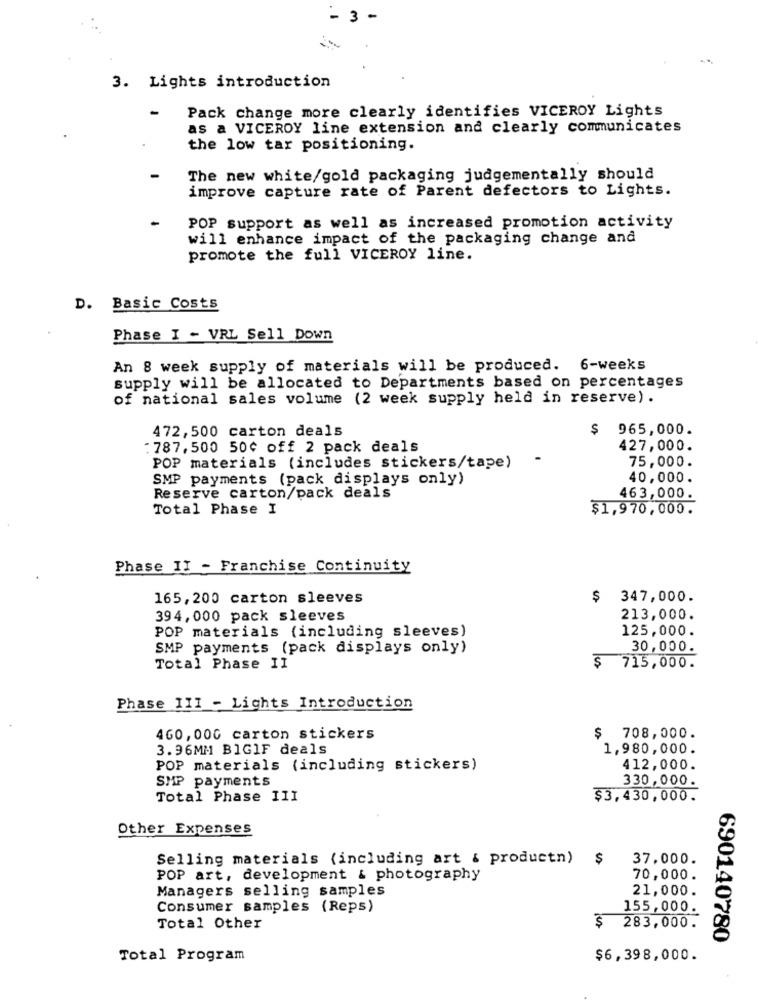
-3 -
3. Lights introduction
-
Pack change more clearly identifies VICEROY Lights
as a VICEROY line extension and clearly communicates
the low tar positioning.
The new white/gold packaging judgementally should
improve capture rate of Parent defectors to Lights.
POP support as well as increased promotion activity
will enhance impact of the packaging change and
promote the full VICEROY line.
D. Basic Costs
Phase I - VRL Sell Down
An 8 week supply of materials will be produced. 6-weeks
supply will be allocated to Departments based on percentages
of national sales volume (2 week supply held in reserve) .
472, 500 carton deals
$
965,000.
: 787, 500 50¢ off 2 pack deals
427,000.
75,000.
POP materials (includes stickers/tape)
SMP payments (pack displays only)
40,000.
Reserve carton/pack deals
463,000.
Total Phase I
$1,970,000.
Phase II - Franchise Continuity
165, 200 carton sleeves
$ 347,000.
394, 000 pack sleeves
213,000.
POP materials (including sleeves)
125,000.
SMP payments (pack displays only)
30,000.
Total Phase II
100
715,000.
Phase III - Lights Introduction
460,000 carton stickers
$ 708,000.
3.96MM BIGIF deals
1,980,000.
POP materials (including stickers)
412,000.
SMP payments
330,000.
Total Phase III
$3,430,000.
Other Expenses
Selling materials (including art & productn)
$
37.000.
POP art, development & photography
70,000.
Managers selling samples
21,000.
Consumer samples (Reps)
155,000.
Total Other
$
283,000.
690140780
Total Program
$6,398,000.